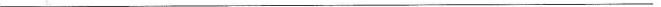
___